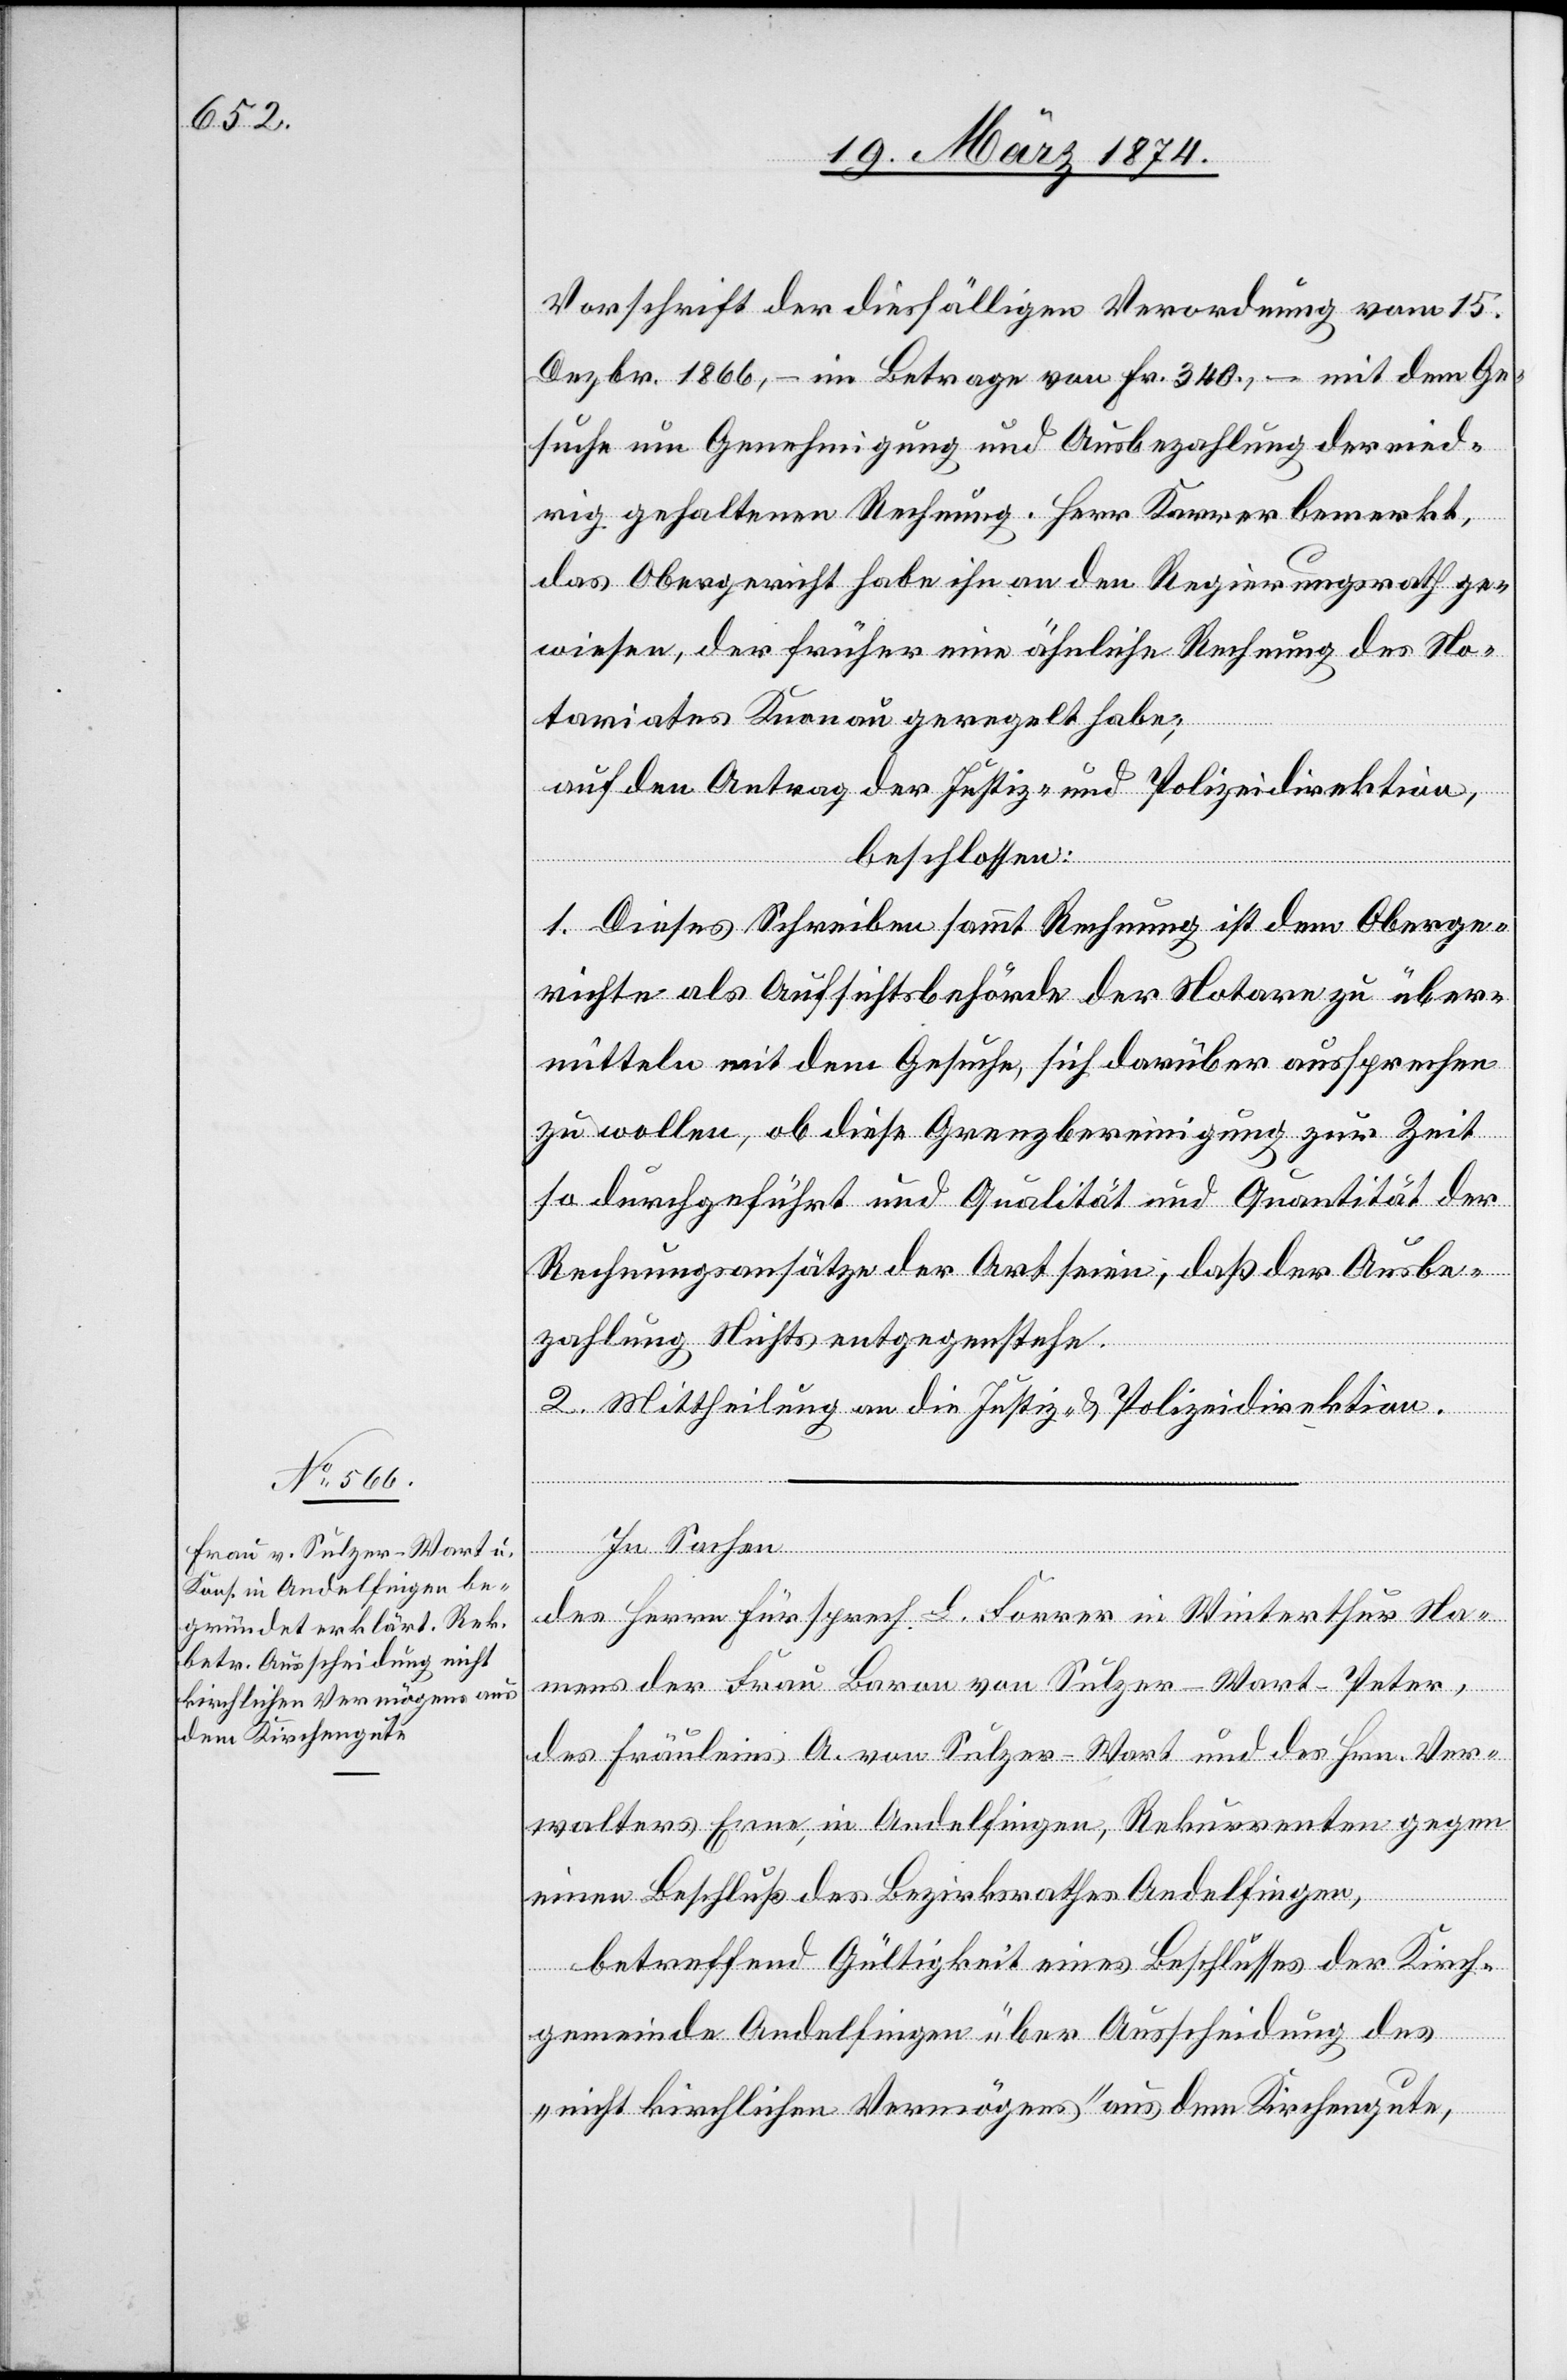
Vorschrift der diesfälligen Verordnung vom 15.
Dezbr. 1866, – im Betrage von Fr. 340., – mit dem Ge¬
suche um Genehmigung und Ausbezahlung der nied¬
rig gehaltenen Rechnung. Herr Karrer bemerkt,
das Obergericht habe ihn an den Regierungsrath ge¬
wiesen, der früher eine ähnliche Rechnung des No¬
tariates Knonau geregelt habe;
auf den Antrag der Justiz- und Polizeidirektion,
beschlossen:
1. Dieses Schreiben sammt Rechnung ist dem Oberge¬
richte als Aufsichtsbehörde der Notare zu über¬
mitteln mit dem Gesuche, sich darüber aussprechen
zu wollen, ob diese Grenzbereinigung zur Zeit
so durchgeführt und Qualität und Quantität der
Rechnungsansätze der Art seien, daß der Ausbe¬
zahlung Nichts entgegenstehe.
2. Mittheilung an die Justiz- u. Polizeidirektion.
In Sachen
des Herrn Fürsprech L. Forrer in Winterthur Na¬
mens der Frau Baron von Sulzer-Wart-Peter,
des Fräuleins A. von Sulzer-Wart und des Hrn. Ver¬
walters Erne, in Andelfingen, Rekurrenten gegen
einen Beschluß des Bezirksrathes Andelfingen,
betreffend Gültigkeit eines Beschlusses der Kirch¬
gemeinde Andelfingen über Ausscheidung des
„nicht kirchlichen Vermögens“ aus dem Kirchengute,